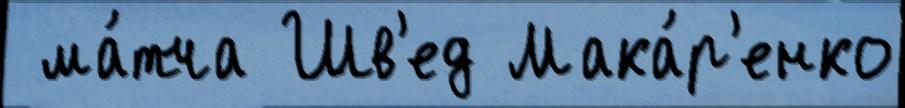
 ма́тча Шв'ед Мака́р'енко